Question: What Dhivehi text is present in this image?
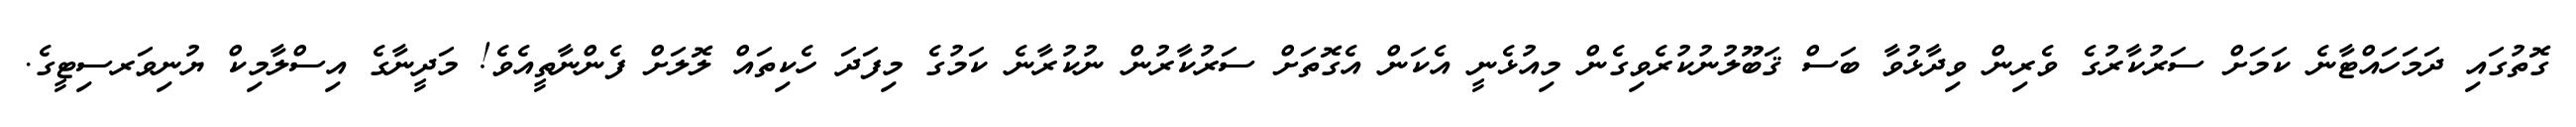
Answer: ގޮތުގައި ދަމަހައްޓާނެ ކަމަށް ސަރުކާރުގެ ވެރިން ވިދާޅުވާ ބަސް ޤަބޫލުނުކުރެވިގެން މިއުޅެނީ އެކަން އެގޮތަށް ސަރުކާރުން ނުކުރާނެ ކަމުގެ މިފަދަ ހެކިތައް ލޮލަށް ފެންނާތީއެވެ! މަދީނާގެ އިސްލާމިކް ޔުނިވަރސިޓީގެ.